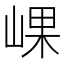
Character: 𡸖